Bréfritari: Sigríður Pálsdóttir
Viðtakandi: Páll Pálsson
Dagsetning: A-1856-08-04
Skrifað á: Hraungerði  Árn.
Páll var bróðir Sigríðar

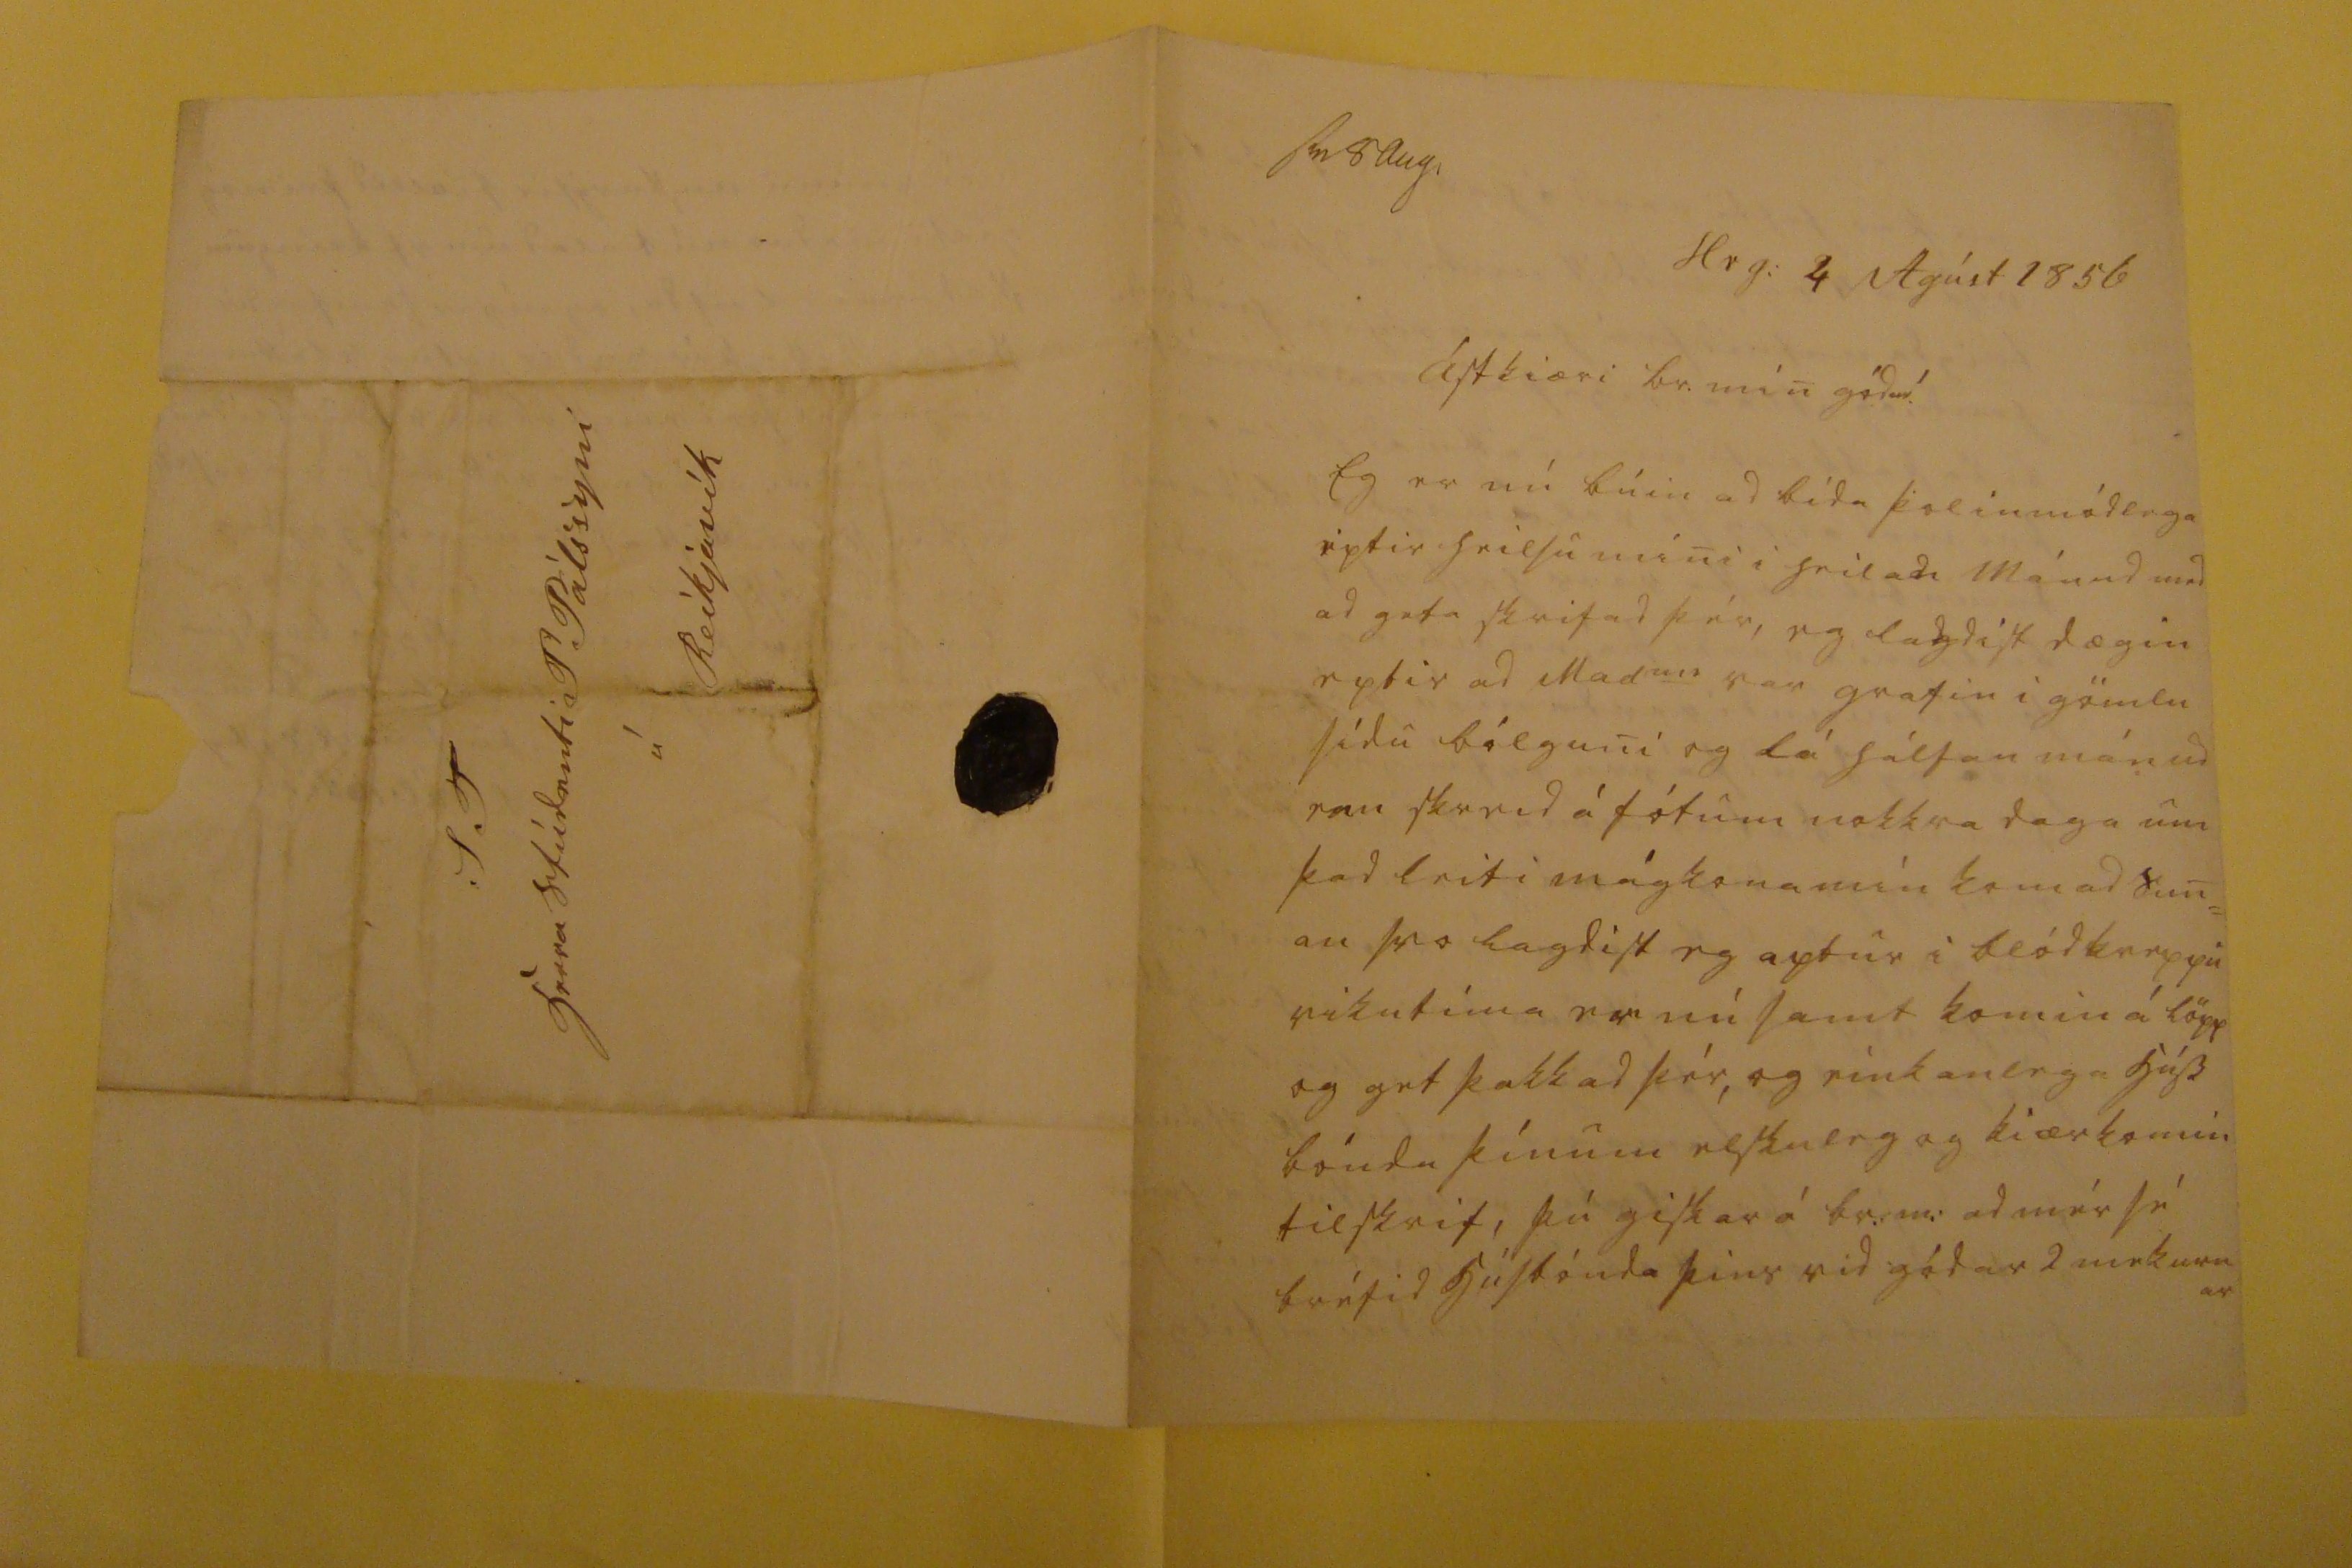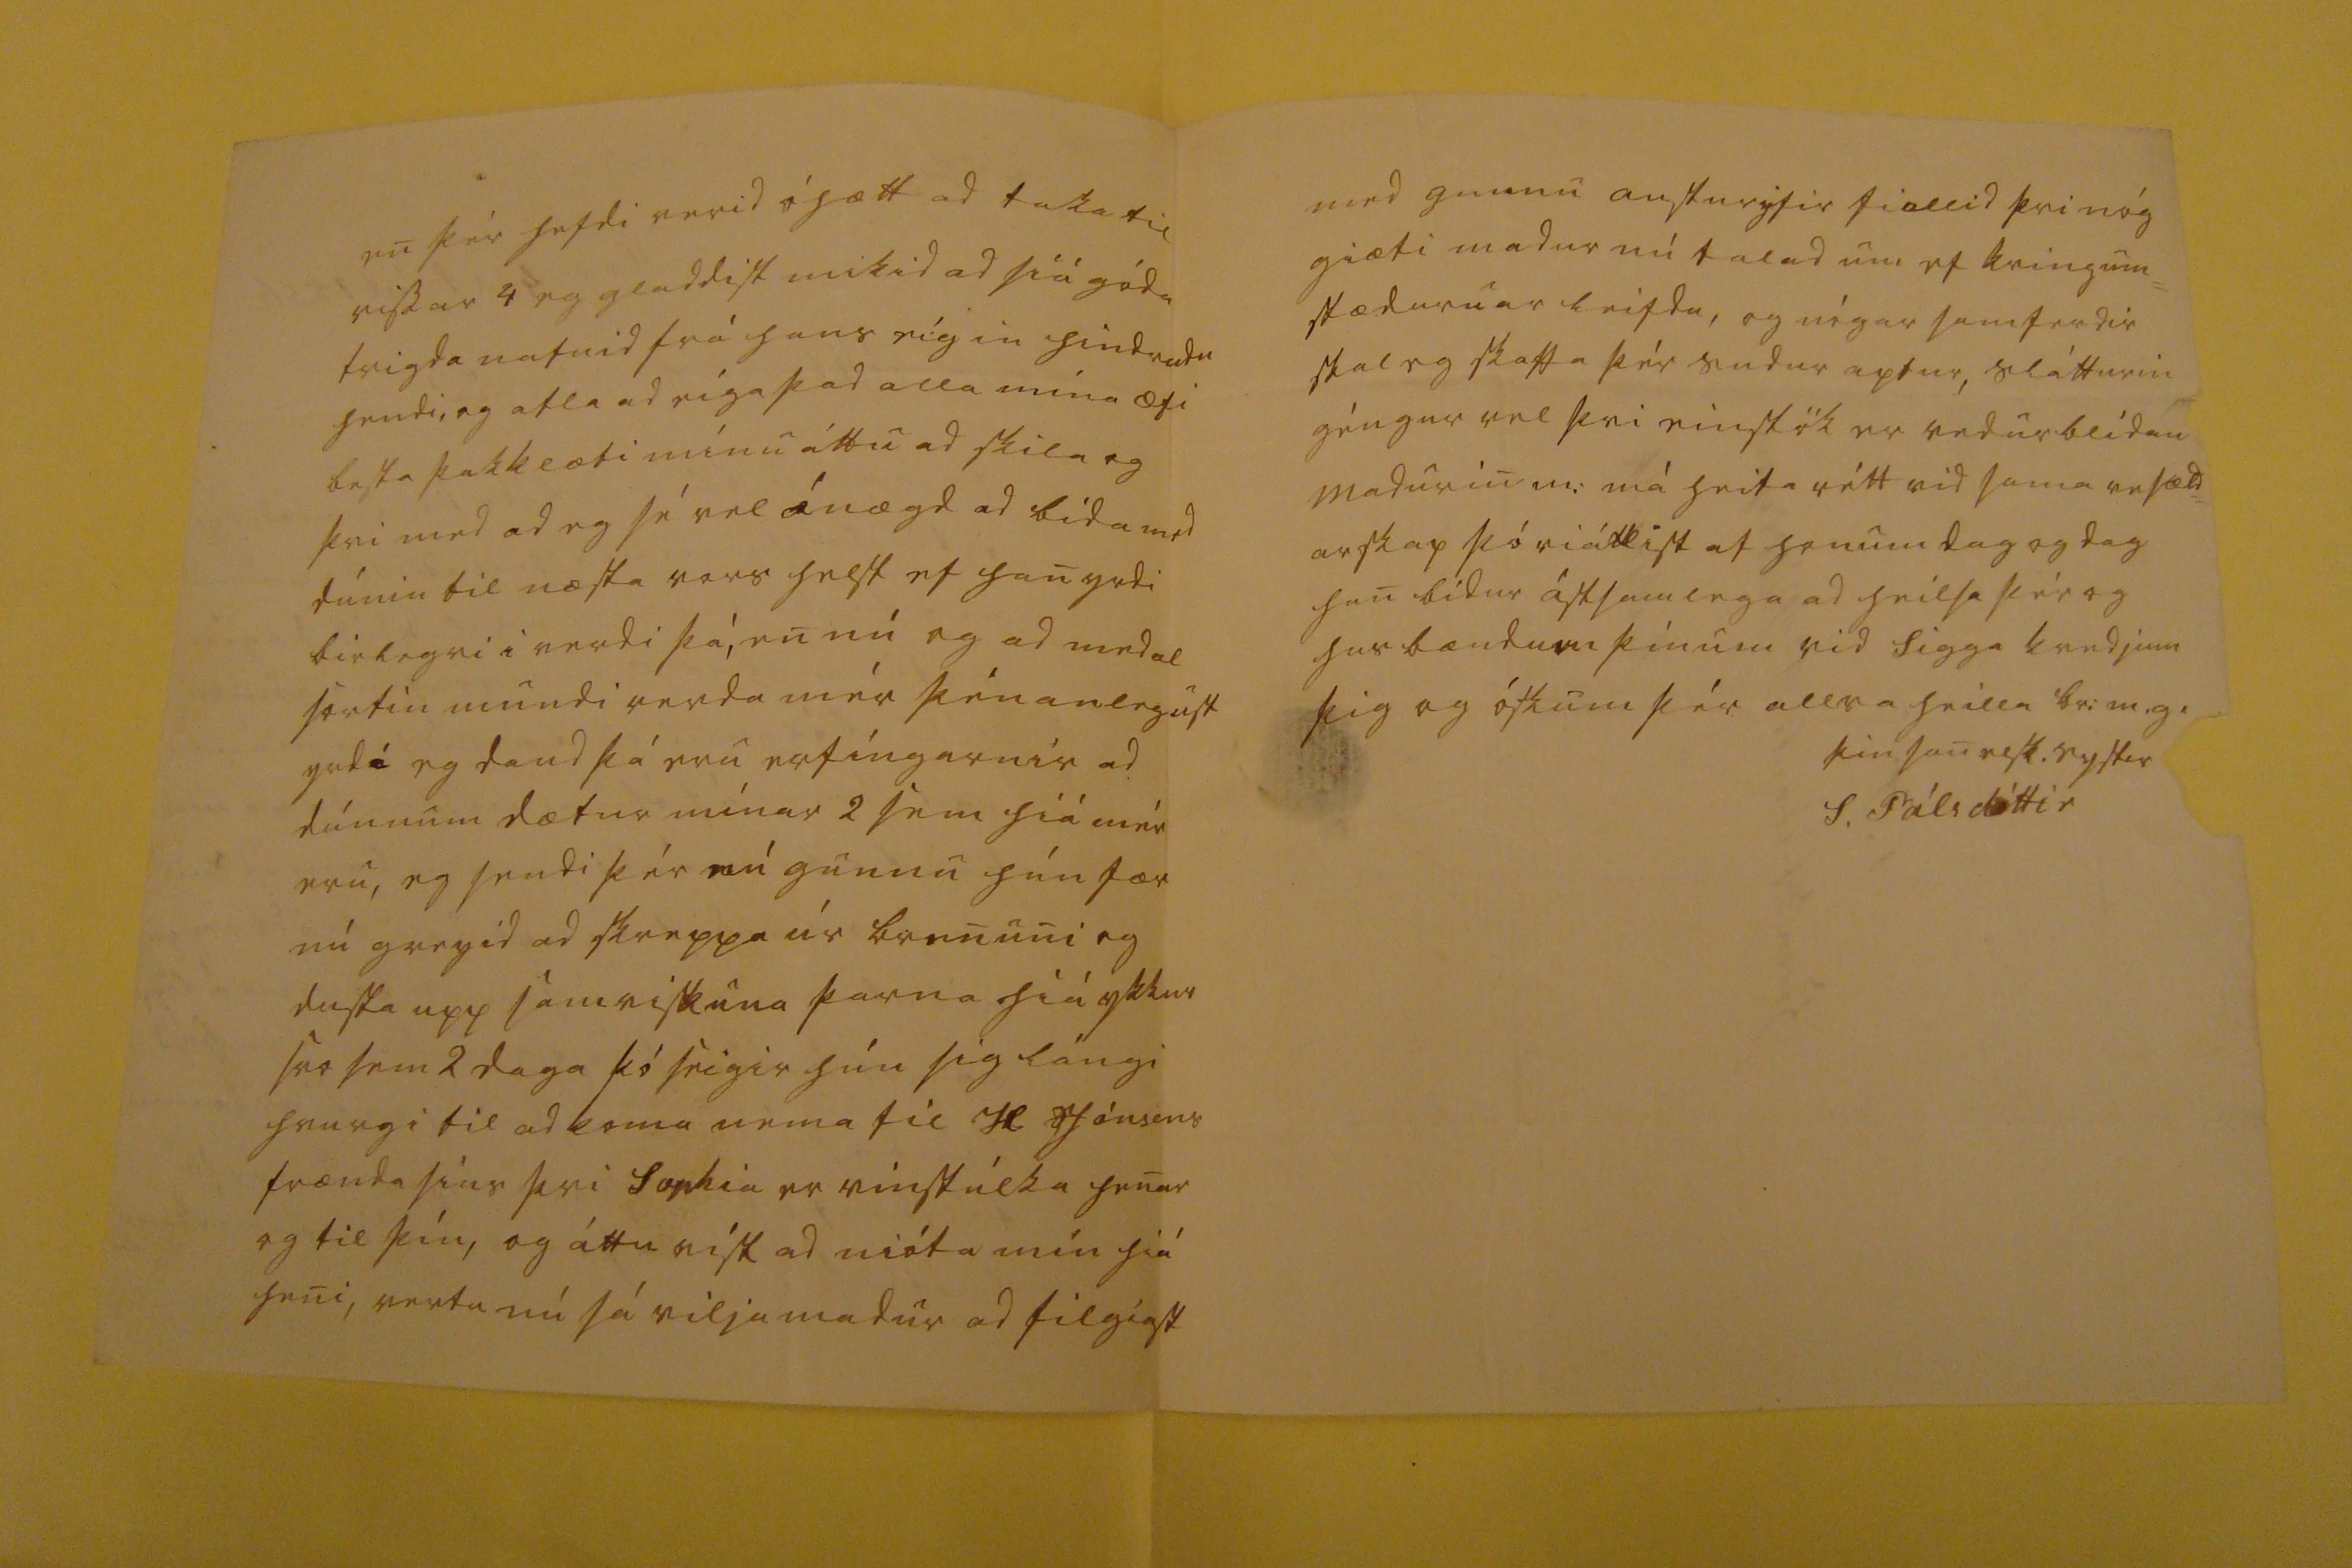

sv 8 Aug
Hrg: 4 Agúst 1856
Ástkiæri br. min gódur!
Eg er nú búin ad bida þolinmódlega eptir heilsu mini i
heilan
Mánud med ad geta skrifad þér, eg lagdist dagin eptir ad Mad
am
var grafin i gömlu sidu bólguni og lá hálfan mánud enn skreid á fótum nokkra daga um þad leiti mágkona mín kom ad sun= an svo lagdist eg aptur i blódkreppu vikutíma er nú samt komin á löpp og get þakkad þér, og einkanlega húss bónda þínum elskuleg og kiærkomin tilskrif, þú giskar á br.m: ad mér sé bréfid húsbónda þins vid gódar 2
00ekurnar
en þér hafdi verid óhætt ad taka til
rissar
4 eg gladdist mikid ad siá góda trigda nafnid frá hans eigin hindrudu hendi, og atla ad eiga þad alla mina æfi besta þakklæti mínu áttu ad skila og þvi med ad eg sé vel ánægd ad bida med túnin til næsta vors helst af han yrdi birlegri i verdi þá, en nú og ad medal sortin mundi verda mér þénanlegust yrd
i
eg daud þá eru erfingarnir ad
túnnum
dætur mínar 2 sem hiá mér eru, eg sendi þér nú gunnu hún fær nú greyid ad skreppa úr brenuni og dusta upp samviskuna þarna hiá ykkur svo sem 2 daga þó seigir hún þig lángi hvurgi til ad koma nema til H
Jónsens
frænda sins þvi Sophia er vinstúlka henar og til þín, og áttu vist ad nióta mín hiá heni, vertu nú sá viljamadur ad filgiast
med gunnu austuryfir fiallid þvi nóg giæti madur nú talad um ef kringum= stædurnar leifdu, og nógar samferdir skal eg skaffa þér sudur aptur, slátturin géngur vel þvi einstök er veduurblidan Madurin m: má heita rétt vid sama
vesæld= arskap þó riálkist
af honum dag og dag han bidur ástsamlega ad heilsa þér og husbændum þinum vid Sigga kvedjum þig og óskum þér allra heilla br:m.g.
þin sanelsk. systir
S. Pálsdóttir
S T Herra Stúdenti P Pálssyni á Reikjavik